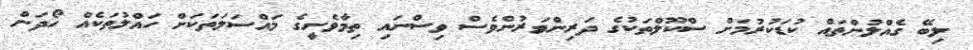
ލިބޭ ގެއްލުންތައް ކުޑަކުރުމަށް ސްކޫލްތަކުގެ ދަރިންވަރުންވެސް ވިސްނައި ތިމާވެށީގެ މައްސަލަތަކަށް ހައްލުތަކެއް ހޯދަން